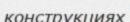
конструкциях